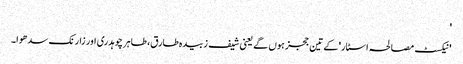
'
'نیکسٹ مصالحہ اسٹار' کے تین ججز ہوں گے یعنی شیف زبیدہ طارق، طاہر چوہدری اور زارنک سدھوا۔